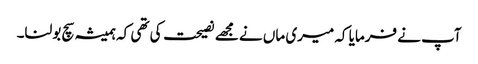
آپ نے فرمایا کہ میری ماں نے مجھے نصیحت کی تھی کہ ہمیشہ سچ بولنا۔